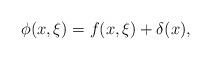
LaTeX: \begin{align*} \phi(x,\xi) = f(x, \xi) +\delta(x), \end{align*}